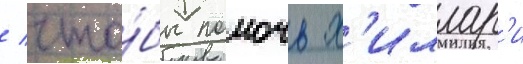
/ что́бы помочь х'иллар'и